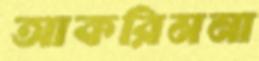
আকরিমনা